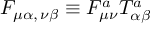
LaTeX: F _ { \mu \alpha , \, \nu \beta } \equiv F _ { \mu \nu } ^ { a } T _ { \alpha \beta } ^ { a }